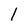
Character: 1